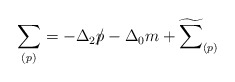
\begin{align*}\sum_{(p)}=-\Delta_{2}p\hspace{-0.2cm}/-\Delta_{0}m+\widetilde{\sum}_{(p)}\end{align*}